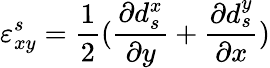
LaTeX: \varepsilon_{xy}^{s}=\frac{1}{2}(\frac{\partial d_{s}^{x}}{\partial y}+\frac{\partial d_{s}^{y}}{\partial x})